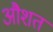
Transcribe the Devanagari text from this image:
औशत